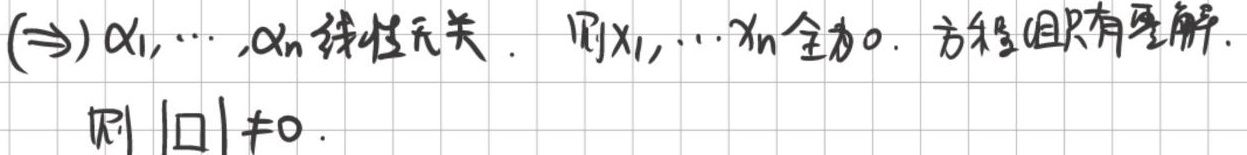
\((\Rightarrow)\) 若\(\alpha_1,\cdots,\alpha_n\)线性无关，则\(x_1,\cdots,x_n\)全为\(0\)，即方程组只有零解，进而 \(|\square|\neq0\)。